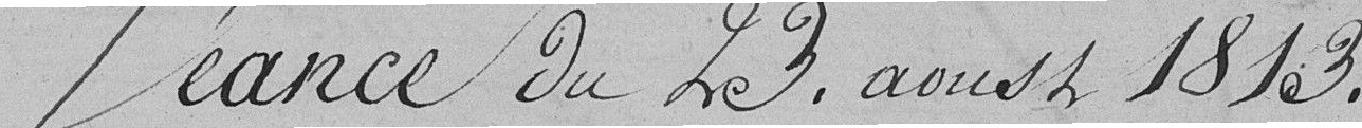
Séance du 23 aoust 1813.